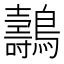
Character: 𪇘